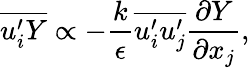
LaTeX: \overline{{u_{i}^{\prime}Y}}\propto-\frac{k}{\epsilon}\overline{{u_{i}^{\prime}u_{j}^{\prime}}}\frac{\partial Y}{\partial x_{j}},